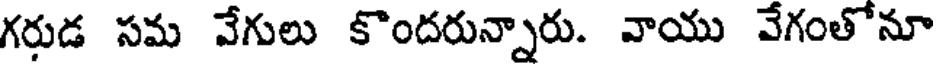
గరుడ సమ వేగులు కొందరున్నారు. వాయు వేగంతోనూ